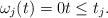
LaTeX: \begin{align*} \omega_j(t) = 0 t \leq t_j.\end{align*}